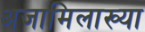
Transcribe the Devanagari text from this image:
अजामिलाख्या